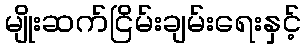
မျိုးဆက်ငြိမ်းချမ်းရေးနှင့်